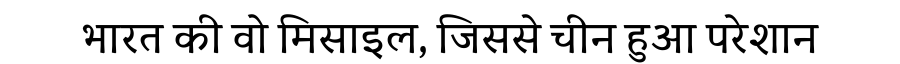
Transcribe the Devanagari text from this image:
भारत की वो मिसाइल, जिससे चीन हुआ परेशान